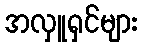
အလှူရှင်များ